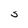
Character: S